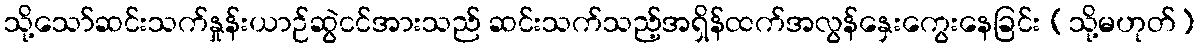
သို့သော်ဆင်းသက်နှုန်းယာဉ်ဆွဲငင်အားသည် ဆင်းသက်သည့်အရှိန်ထက်အလွန်နှေးကွေးနေခြင်း (သို့မဟုတ်)